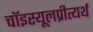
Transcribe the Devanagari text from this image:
चॉइस्यूलप्रीत्यर्थ